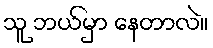
သူ ဘယ်မှာ နေတာလဲ။